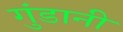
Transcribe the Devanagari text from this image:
गुंडानी